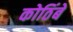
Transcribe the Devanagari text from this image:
कोठिंबे